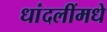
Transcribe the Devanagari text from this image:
धांदलींमधे